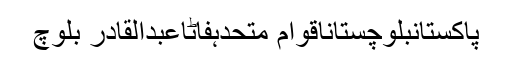
پاکستانبلوچستاناقوام متحدہفاٹاعبدالقادر بلوچ